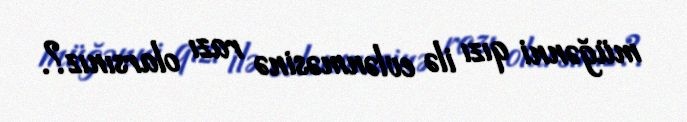
müğənni qızı ilə evlənməsinə razı olarsınız?.